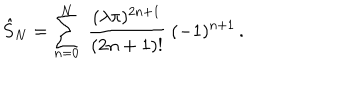
\hat { S } _ { N } = \sum _ { n = 0 } ^ { N } \ { \frac { ( \lambda \pi ) ^ { 2 n + 1 } } { ( 2 n + 1 ) ! } } \ ( - 1 ) ^ { n + 1 } \, .